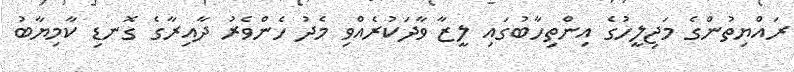
ރައްޔިތުންގެ މަޖިލީހުގެ އިންތިހާބުގައި ލީޒާ ވާދަކުރެއްވި މެދު ހެންވެރު ދާއިރާގެ ގޮނޑި ކާމިޔާބު